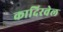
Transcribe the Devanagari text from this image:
कादिरवेल